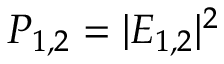
P _ { 1 , 2 } = | E _ { 1 , 2 } | ^ { 2 }